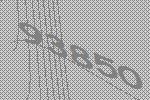
93850